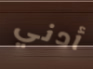
أدني